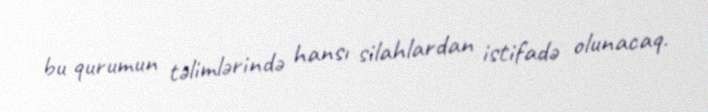
bu qurumun təlimlərində hansı silahlardan istifadə olunacaq.